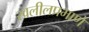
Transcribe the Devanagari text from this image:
खलीलप्रमाणे